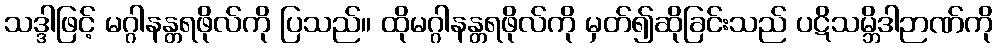
သဒ္ဒါဖြင့် မဂ္ဂါနန္တရဖိုလ်ကို ပြသည်။ ထိုမဂ္ဂါနန္တရဖိုလ်ကို မှတ်၍ဆိုခြင်းသည် ပဋိသမ္ဘိဒါဉာဏ်ကို